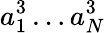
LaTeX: a_{1}^{3}\ldots{}a_{N}^{3}